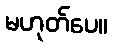
မဟုတ်ပေ။